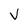
Character: V